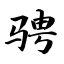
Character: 骋